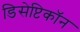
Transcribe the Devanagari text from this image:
डिसेप्टिकॉन